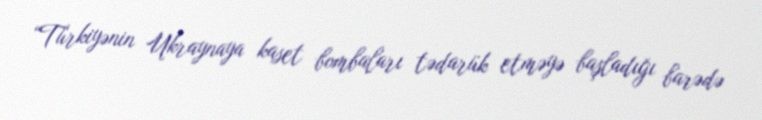
“Türkiyənin Ukraynaya kaset bombaları tədarük etməyə başladığı barədə